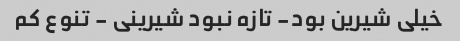
خیلی شیرین بود- تازه نبود شیرینی - تنوع کم